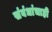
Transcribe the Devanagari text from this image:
संबंधांचाही